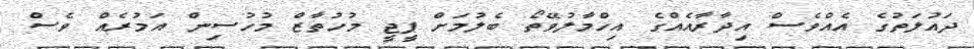
ދައުލަތުގެ އެއްވެސް އިދާރާއެއްގެ އިހްމާލުވޭތޯ ބެލުމަށް ޕީޖީ މުހުތާޒް މުހުސިން އަމުރެއް ވެސް